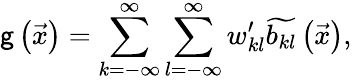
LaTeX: \mathsf{g}\left(\vec{{x}}\right)=\sum_{k=-\infty}^{\infty}\sum_{l=-\infty}^{\infty}w_{kl}^{\prime}\widetilde{{b_{kl}}}\left(\vec{{x}}\right),